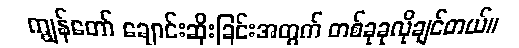
ကျွန်တော် ချောင်းဆိုးခြင်းအတွက် တစ်ခုခုလိုချင်တယ်။